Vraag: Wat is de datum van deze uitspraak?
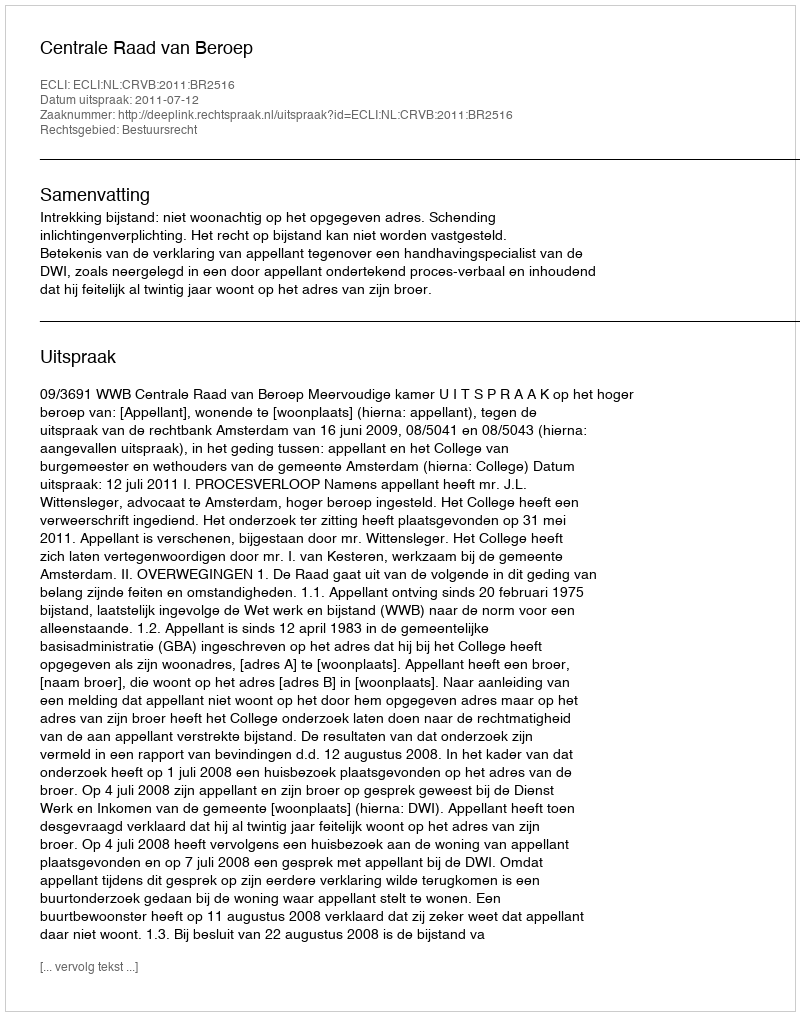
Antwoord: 2011-07-12